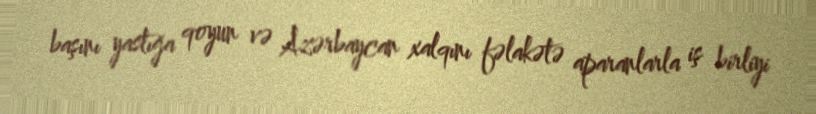
başını yastığa qoyun və Azərbaycan xalqını fəlakətə aparanlarla iş birliyi